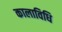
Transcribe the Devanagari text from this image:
कालाविधि